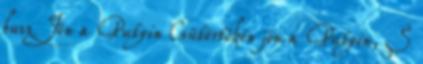
busz Jön a Putyin Csütörtökön jön a Putyin, S